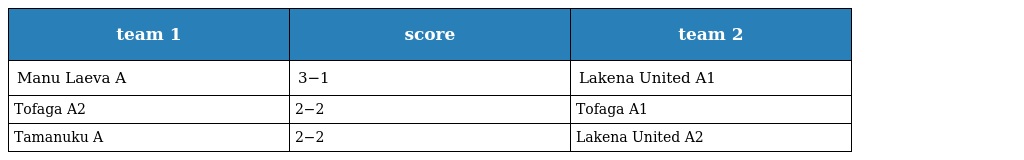
| team 1 | score | team 2 |
 | --- | --- | --- |
 | Manu Laeva A | 3−1 | Lakena United A1 |
 | Tofaga A2 | 2−2 | Tofaga A1 |
 | Tamanuku A | 2−2 | Lakena United A2 |